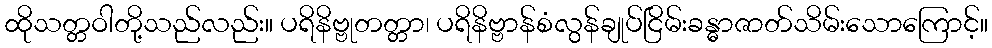
ထိုသတ္တဝါတို့သည်လည်း။ ပရိနိဗ္ဗုတတ္တာ၊ ပရိနိဗ္ဗာန်စံလွန်ချုပ်ငြိမ်းခန္ဓာဇာတ်သိမ်းသောကြောင့်။